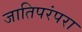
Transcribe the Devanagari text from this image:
जातिपरंपरा